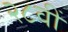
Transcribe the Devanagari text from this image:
२८वीं